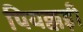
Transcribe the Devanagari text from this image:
पियक्कड़ी